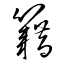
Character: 籍